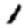
Digit: 1